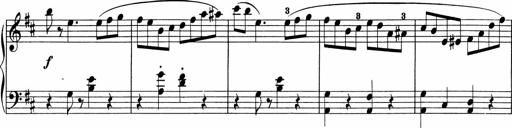
Title: 5 Sonatinen fÃ¼r die Jugend
Composer: Carl Reinecke